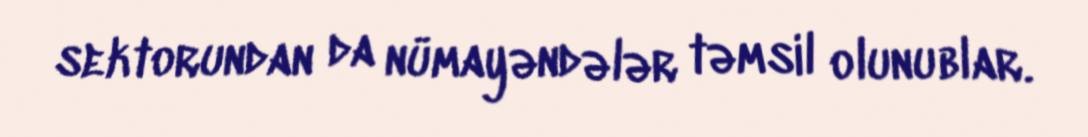
sektorundan da nümayəndələr təmsil olunublar.